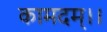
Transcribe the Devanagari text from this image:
कामदम्।।